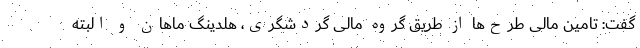
گفت: تامین مالی طرح‌ها از طریق گروه مالی گردشگری، هلدینگ ماهان و البته